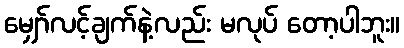
မျှော်လင့်ချက်နဲ့လည်း မလုပ် တော့ပါဘူး။